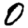
Digit: 0